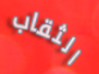
الثقاب